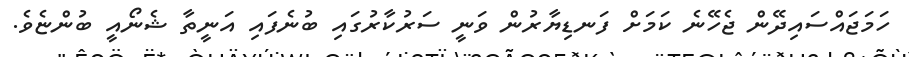
ހަމަޖައްސައިދޭން ޖެހޭނެ ކަމަށް ފަނޑިޔާރުން ވަނީ ސަރުކާރުގައި ބުނެފައި އަނީތާ ޝެނޯއީ ބުންޏެވެ.